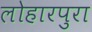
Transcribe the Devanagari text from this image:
लोहारपुरा